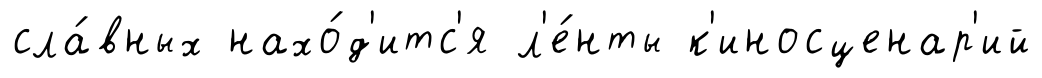
сла́вных нахо́д'итс'я л'е́нты к'иносценар'ий